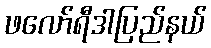
ဖလော်ရီဒါပြည်နယ်